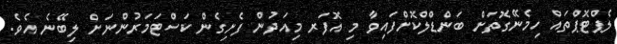
ލެޕްޓޮޕްތައް ހިމެނޭގޮތަށް ބަންޑްލްކޮށްފައިވާ މި އޮފަރ މިއަދުން ފެށިގެން ކަސްޓަމަރުންނަށް ލިބޭނެ އެވެ.